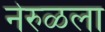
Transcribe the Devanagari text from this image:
नेरुळला